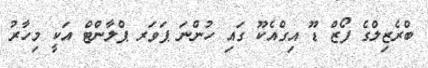
ބްރެޒިލްގެ ފޯޒް ޑޫ އިގްއެކޫ ގައި ހުންނަ ޕަވަރ ޕްލާންޓް އަކީ މިހާރު